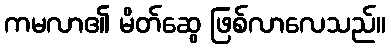
ကမလာ၏ မိတ်ဆွေ ဖြစ်လာလေသည်။